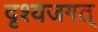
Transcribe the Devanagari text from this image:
दृश्यजगत्